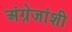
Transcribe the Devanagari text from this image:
अंग्रेजांशी